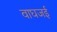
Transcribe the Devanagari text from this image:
वाघजई